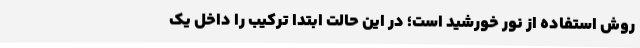
روش استفاده از نور خورشید است؛ در این حالت ابتدا ترکیب را داخل یک